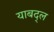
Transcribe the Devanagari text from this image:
याबद्ल